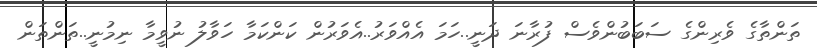
ތަންތާގެ ވެރިންގެ ސަބަބުންވެސް ފުރާނަ ދަނީ..ހަމަ އެއްވަރު..އެވަރުން ކަންކަމާ ހަވާލު ނުވީމާ ނިމުނީ..ތަންތަން